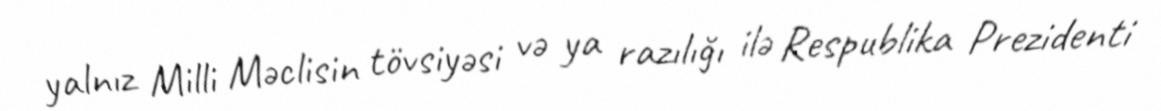
yalnız Milli Məclisin tövsiyəsi və ya razılığı ilə Respublika Prezidenti